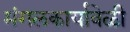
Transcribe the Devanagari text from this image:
मंगलकार्यावेळी